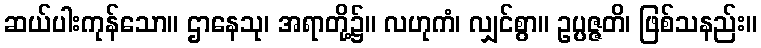
ဆယ်ပါးကုန်သော။ ဌာနေသု၊ အရာတို့၌။ လဟုကံ၊ လျှင်စွာ။ ဥပ္ပဇ္ဇတိ၊ ဖြစ်သနည်း။